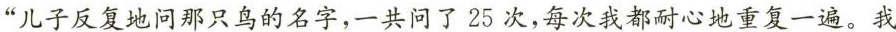
儿子反复地问那只鸟的名字，一共问了25次，每次我都耐心地重复一遍。我